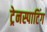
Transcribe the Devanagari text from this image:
ट्रेनस्पाटिंग